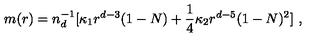
m ( r ) = n _ { d } ^ { - 1 } [ \kappa _ { 1 } r ^ { d - 3 } ( 1 - N ) + \frac 1 4 \kappa _ { 2 } r ^ { d - 5 } ( 1 - N ) ^ { 2 } ] \ ,